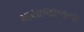
માયાજાળના